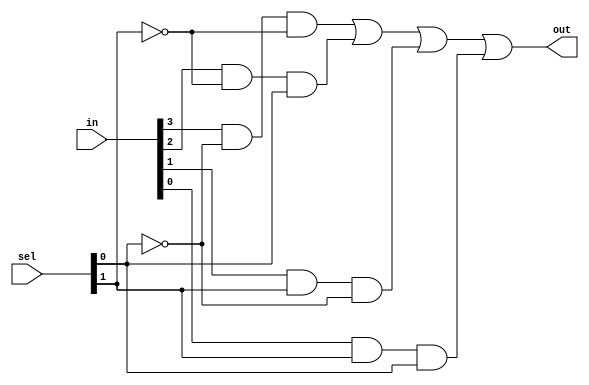
module mux4to1_gate(out,in,sel);
    input [0:3] in;
    input [1:0] sel;
    output out;

    wire n0, n1, a1, a2, a3, a4;
    
    not (n0, sel[0]);
    not (n1, sel[1]);

    and A1(a1, in[0], n0, n1);
    and A2(a2, in[1], n1, sel[0]);
    and A3(a3, in[2], sel[1], n0);
    and A4(a4, in[3], sel[1], sel[0]);

    or O1(out, a1, a2, a3, a4);

endmodule